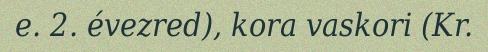
e. 2. évezred), kora vaskori (Kr.